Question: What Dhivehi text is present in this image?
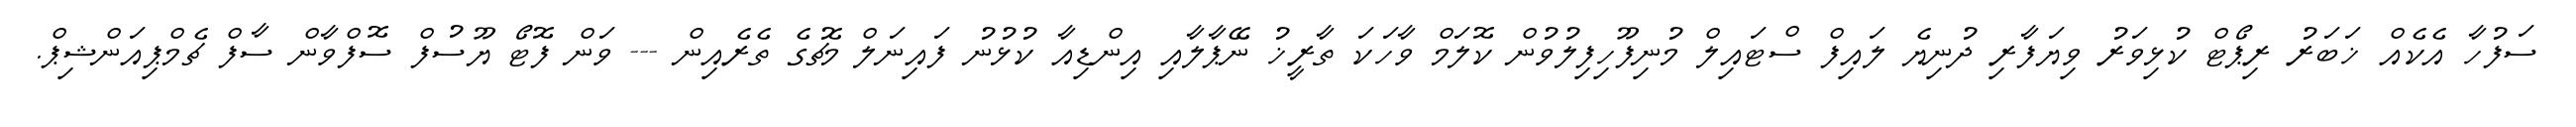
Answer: ސަފުހާ އެކެއް ޚަބަރު ރިޕޯޓް ކުޅިވަރު ވިޔަފާރި ދުނިޔެ ލައިފް ސްޓައިލް މުނިފޫހިފިލުވުން ކޮލަމް ވާހަކަ ތާރީޚު ނޭޕާލާއި އިންޑިއާ ކުޅުނު ފައިނަލް މެޗުގެ ތެރެއިން --- ވަން ފޮޓޯ ޔޫސުފް ސޮފްވާން ސާފް ޗެމްޕިއަންޝިޕް.